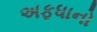
અફધાનો